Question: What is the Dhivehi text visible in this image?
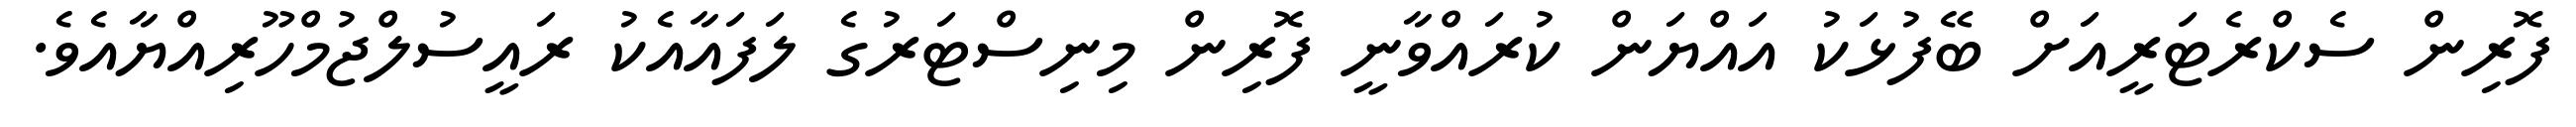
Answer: ފޮރިން ސެކްރެޓަރީއަށް ބޭފުޅަކު އައްޔަން ކުރައްވާނީ ފޮރިން މިނިސްޓަރުގެ ލަފައާއެކު ރައީސުލްޖުމްހޫރިއްޔާއެވެ.